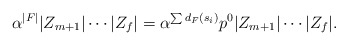
\begin{align*} \alpha^{|F|} |Z_{m+1}| \cdots |Z_f| = \alpha^{\sum d_F(s_i)} p^0 |Z_{m+1}| \cdots |Z_f|.\end{align*}